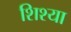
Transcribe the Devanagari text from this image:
शिश्या